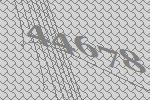
44678